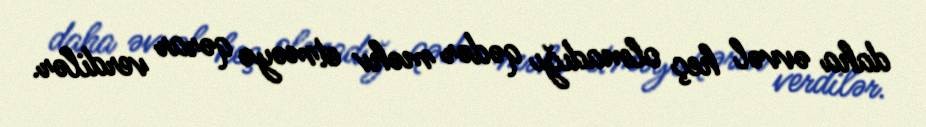
daha əvvəl heç olmadığı qədər məhv etməyə qərar verdilər.